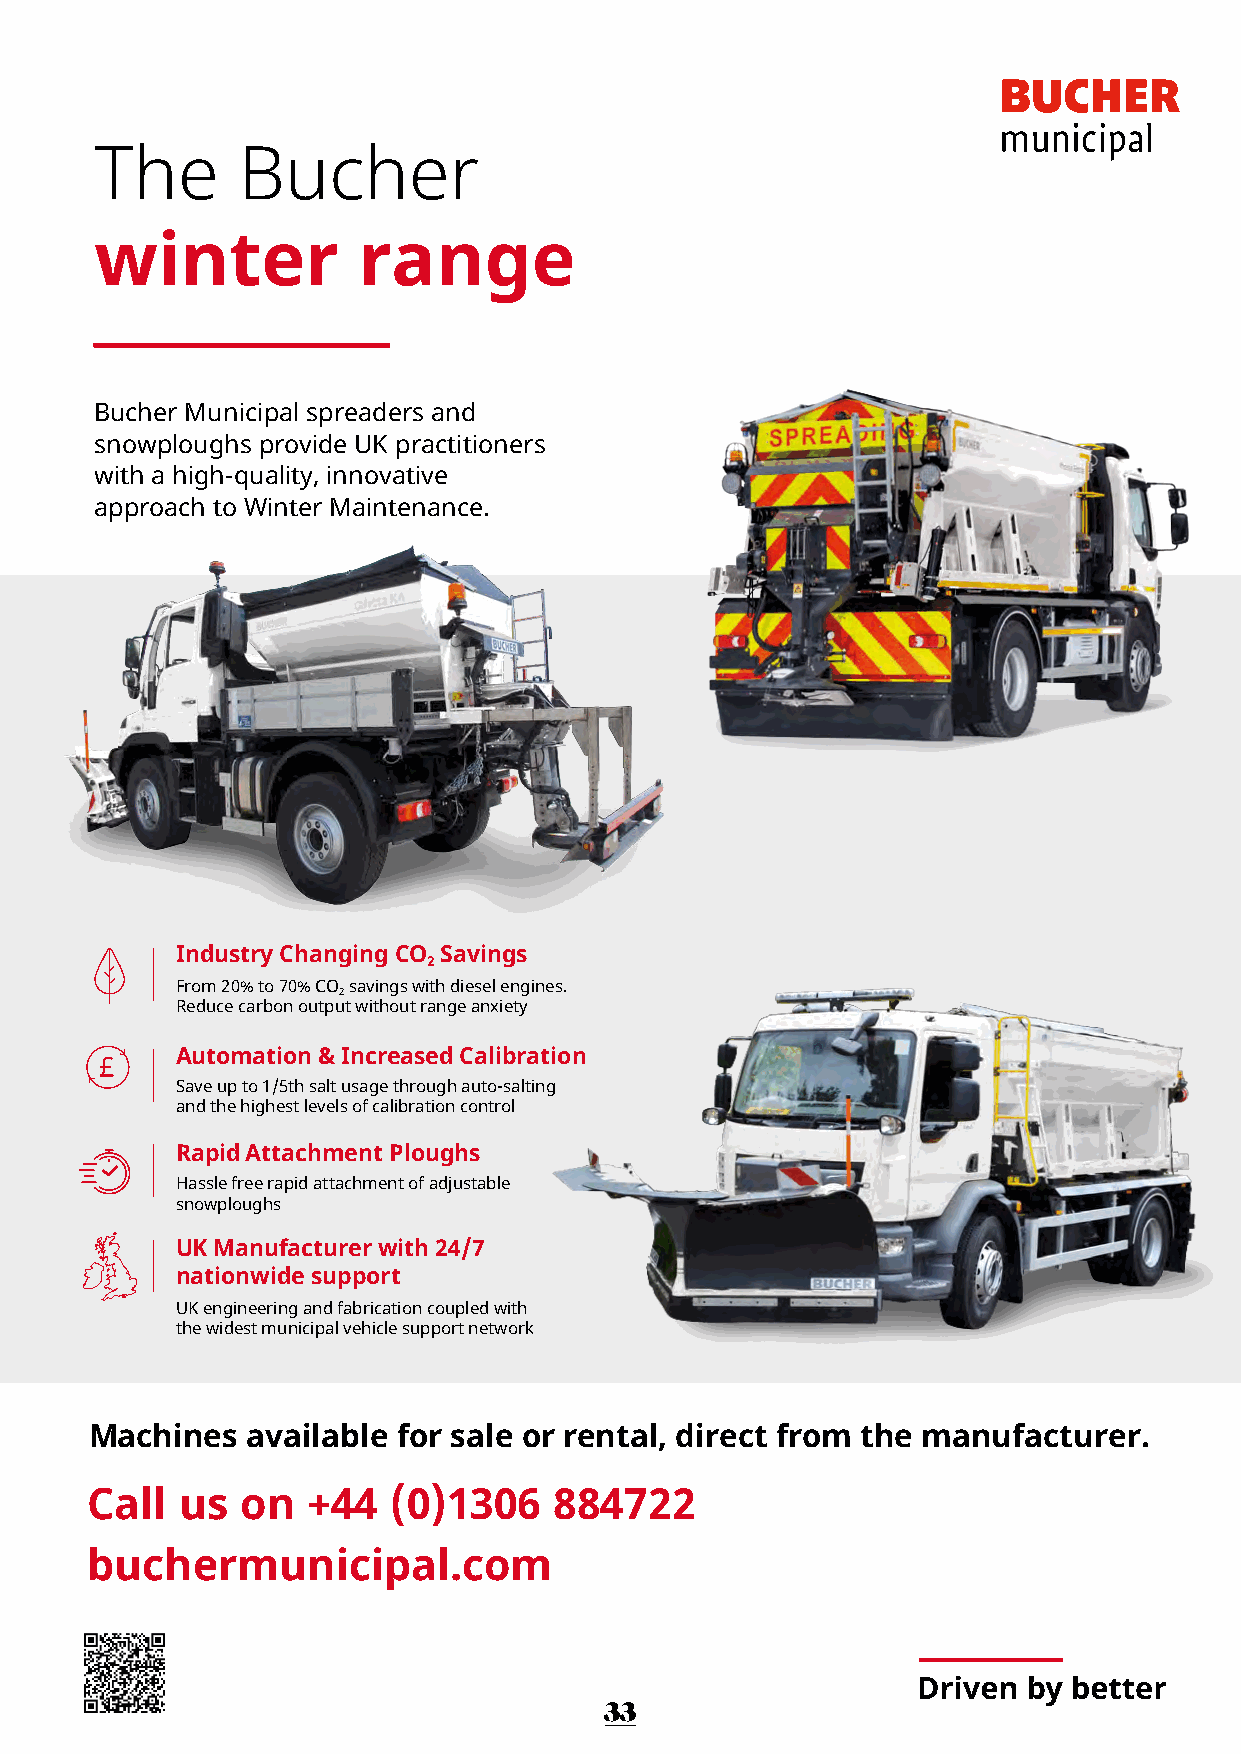
The       Bucher
 winter            range
 Bucher Municipal spreaders and
 snowploughs provide UK practitioners
 with a high-quality, innovative
 approach to Winter Maintenance.
 Industry Changing CO Savings
 2
 From 20% to 70% CO savings with diesel engines.
 2
 Reduce carbon output without range anxiety
 Automation & Increased Calibration
 Save up to 1/5th salt usage through auto-salting
 and the highest levels of calibration control
 Rapid Attachment Ploughs
 Hassle free rapid attachment of adjustable
 snowploughs
 UK Manufacturer with 24/7
 nationwide support
 UK engineering and fabrication coupled with
 the widest municipal vehicle support network
 Machines  available for sale or rental, direct from the manufacturer.
 Call  us  on  +44   (0)1306    884722
 buchermunicipal.com
 33